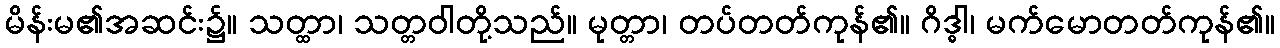
မိန်းမ၏အဆင်း၌။ သတ္ထာ၊ သတ္တဝါတို့သည်။ မုတ္တာ၊ တပ်တတ်ကုန်၏။ ဂိဒ္ဓါ၊ မက်မောတတ်ကုန်၏။